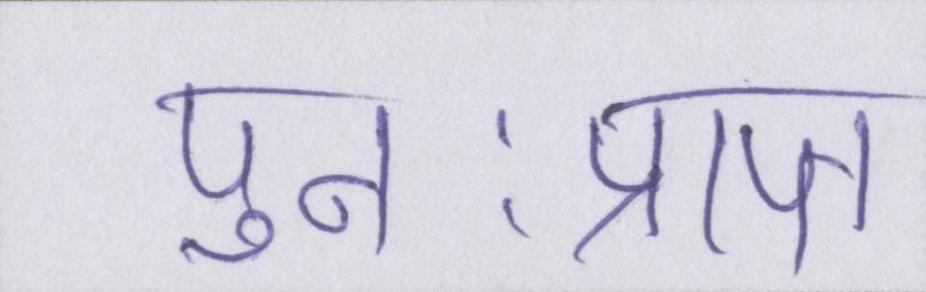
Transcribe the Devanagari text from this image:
पुनःप्राप्त